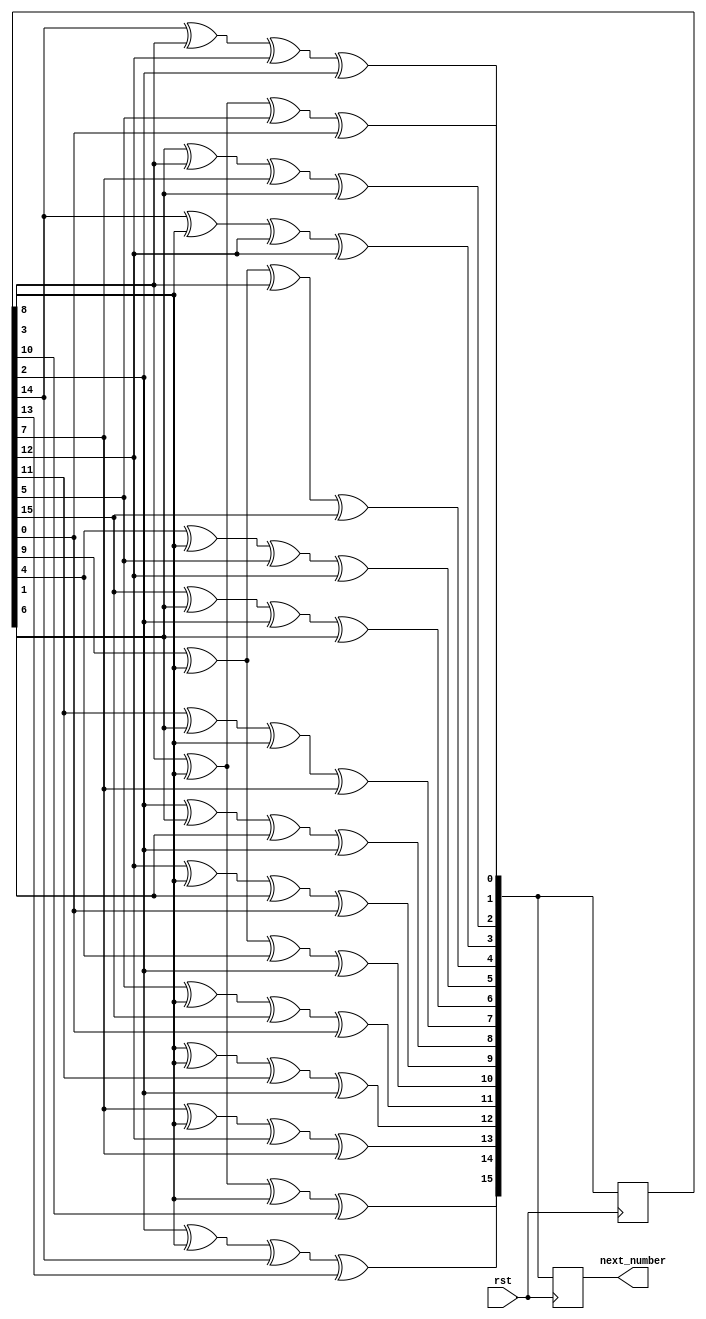
`timescale 1ns / 1ps
//////////////////////////////////////////////////////////////////////////////////
// Company: 
// Engineer: 
// 
// Design Name: 
// Module Name:    randomizer 
// Project Name: 
// Target Devices: 
// Tool versions: 
// Description: 
//
// Dependencies: 
//
// Revision: 
// Revision 0.01 - File Created
// Additional Comments: 
//
//////////////////////////////////////////////////////////////////////////////////
module randomizer(
    input rst,
    output reg [15:0] next_number
);
	 
reg [15:0] out = 16'b1000100111010001;

always @(posedge rst) begin
		next_number[15]  = out[8]  ^ out[3] ^ out[3] ^ out[10];
		next_number[14]  = out[2]  ^ out[3] ^ out[14] ^ out[13];
		next_number[13]  = out[7]  ^ out[3] ^ out[12] ^ out[7];
		next_number[12]  = out[3]  ^ out[3] ^ out[11] ^ out[2];
		next_number[11]  = out[5]  ^ out[3] ^ out[15] ^ out[0];
		next_number[10]  = out[9]  ^ out[3] ^ out[4] ^ out[2];
		next_number[9]  = out[12]  ^ out[3] ^ out[1] ^ out[0];
		next_number[8]  = out[2]  ^ out[6] ^ out[1] ^ out[2];
		next_number[7]  = out[11]  ^ out[6] ^ out[3] ^ out[7];
		next_number[6]  = out[15]  ^ out[6] ^ out[2] ^ out[6];
		next_number[5]  = out[4]  ^ out[3] ^ out[5] ^ out[12];
		next_number[4]  = out[9]  ^ out[3] ^ out[8] ^ out[15];
		next_number[3]  = out[14]  ^ out[3] ^ out[12] ^ out[12];
		next_number[2]  = out[6]  ^ out[8] ^ out[7] ^ out[6];
		next_number[1]  = out[14]  ^ out[8] ^ out[12] ^ out[2];
      next_number[0]  = out[3]  ^ out[8] ^ out[5] ^ out[0]; 
		out = next_number;
end
endmodule